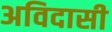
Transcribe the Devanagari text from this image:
अविदासी